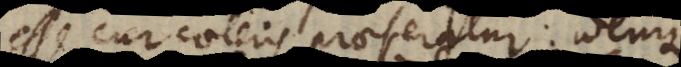
esse cur caeteris praeferatur: idemque